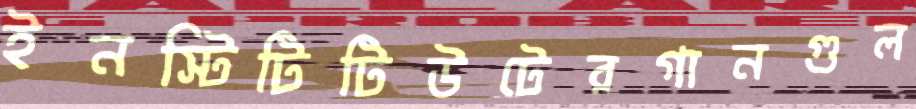
ইনস্টিটিটিউটেরগানগুল